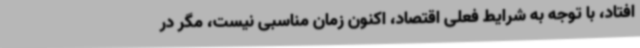
افتاد، با توجه به شرایط فعلی اقتصاد، اکنون زمان مناسبی نیست، مگر در